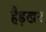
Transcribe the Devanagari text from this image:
हैड़खन